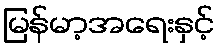
မြန်မာ့အရေးနှင့်